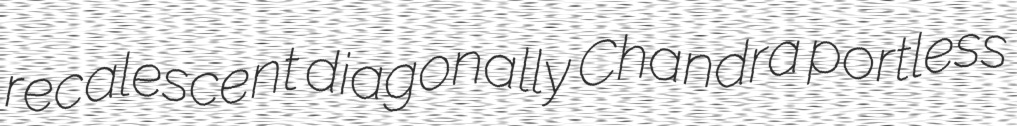
recalescent diagonally Chandra portless